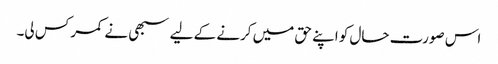
اس صورت حال کو اپنے حق میں کرنے کے لیے سبھی نے کمر کس لی۔